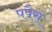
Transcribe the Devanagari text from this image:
पपैरा